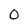
Character: 0